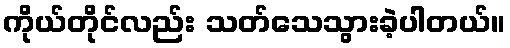
ကိုယ်တိုင်လည်း သတ်သေသွားခဲ့ပါတယ်။